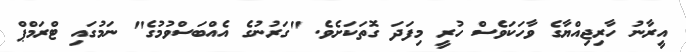
އީރާނު ހާރިޖިއްޔާގެ ވާހަކަވެސް ހުރީ މިފަދަ ގޮތަކަށެވެ. "ގަރުނުގެ އެއްބަސްވުމުގެ" ނަމުގައި ޓްރަމްޕް